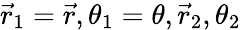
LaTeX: \vec{r}_{1}=\vec{r},\theta_{1}=\theta,\vec{r}_{2},\theta_{2}